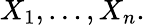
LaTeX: X_{1},\dots,X_{n}.